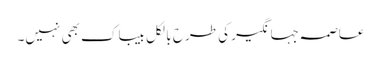
عاصمہ جہانگیر کی طرح بالکل بیباک بھی نہیں۔